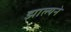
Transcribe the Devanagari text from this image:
झाल्यने